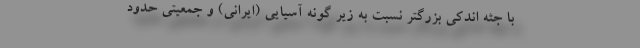
با جثه اندکی بزرگتر نسبت به زیر گونه آسیایی (ایرانی) و جمعیتی حدود